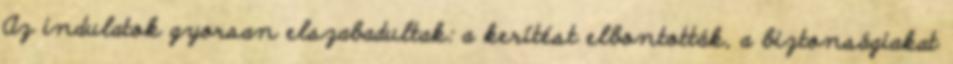
Az indulatok gyorsan elszabadultak: a kerítést elbontották, a biztonságiakat